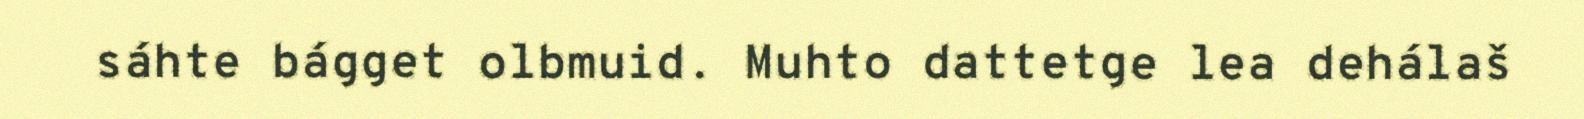
sáhte bágget olbmuid. Muhto dattetge lea dehálaš